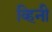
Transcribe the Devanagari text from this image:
व्हिनी